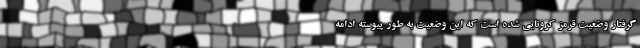
گرفتار وضعیت قرمز کرونایی شده است که این وضعیت به طور پیوسته ادامه